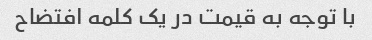
با توجه به قیمت در یک کلمه افتضاح